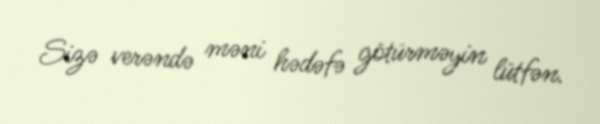
Sizə verəndə məni hədəfə götürməyin lütfən.